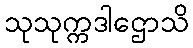
သုသုက္ကဒါဌောသိ